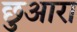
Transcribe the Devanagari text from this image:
छुआरा